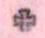
+